Calcutta medical institutions reports 1879-81 [i.e.91]
Year: 1879
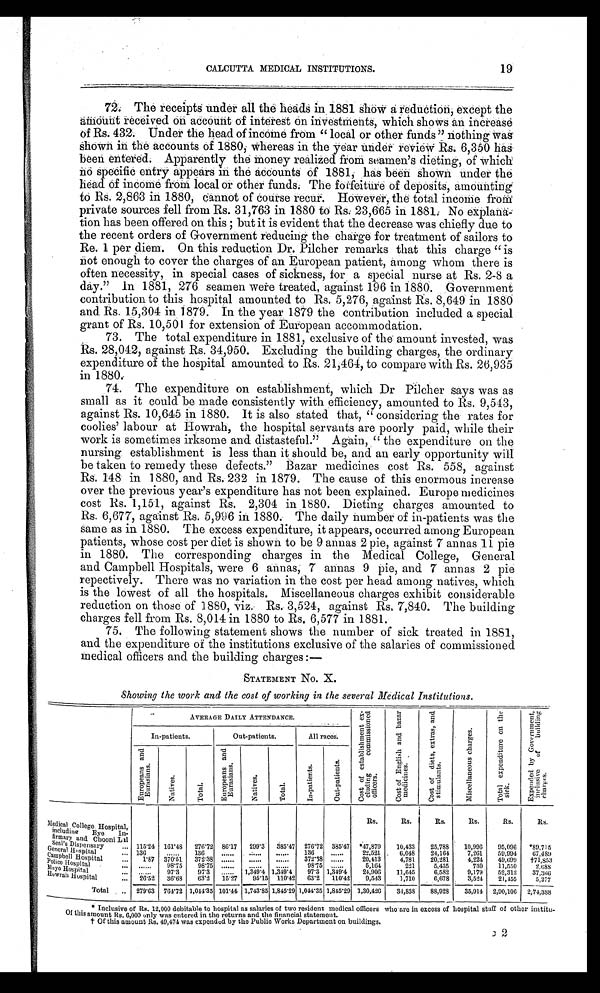
CALCUTTA MEDICAL INSTITUTIONS.
19
72. The receipts under all the heads in 1881 show a reduction, except the
amount received on account of interest on investments, which shows an increase
of Rs. 432. Under the head of incomes from "local or other funds" nothing was
shown in the accounts of 1880, whereas in the year under review 6,350 has
been. entered. Apparently the money realized from seamen's dieting, of which
no specific entry appears in the accounts of 1881, has been shown under the
head of income from local or other funds. The forfeiture of deposits, amounting
to Rs. 2,863 in 1880, cannot of course recur. However, the total income from
private sources fell from Rs. 31,763 in 1880 to Rs: 23,665 in 1881. No
explanation has been offered on this; but it is evident that the decrease was chiefly due to
the recent orders of Government reducing the charge for treatment of sailors to
Re. 1 per diem. On this reduction Dr. Pilcher remarks that this charge "is
not enough to cover the charges of an European patient, among whom there is
often necessity, in special cases of sickness, for a special nurse at Rs. 2-8 a
day." In 1881, 276 seamen were treated, against 196 in 1880. Government
contribution to this hospital amounted to Rs. 5,276, against Rs. 8,649 in 1880
and Rs. 15,304 in 1879. In the year 1879 the contribution included a special
grant of Rs. 10,501 for extension of European accommodation.
73.
The total expenditure in 1881, exclusive of the amount invested, was
Rs. 28,042, against Rs. 34,950. Excluding the building charges, the ordinary
expenditure of the hospital amounted to Rs. 21,464, to compare with Rs. 26,935
in 1880.
74.
The expenditure on establishment, which Dr Pilcher says was as
small as it could be made consistently with efficiency, amounted to Rs. 9,543,
against Rs. 10,645 in 1880. It is also stated that, "considering the rates for
coolies' labour at Howrah, the hospital servants are poorly paid, while their
work is sometimes irksome and distasteful." Again, "the expenditure on the
nursing establishment is less than it should be, and an early opportunity will
be taken to remedy these defects." Bazar medicines cost Rs. 558, against
Rs. 148 in 1880, and Rs. 232 in 1879. The cause of this enormous increase
over the previous year's expenditure has not been explained. Europe medicines
cost Rs. 1,151, against Rs. 2,304 in 1880. Dieting charges amounted to
Rs. 6,677, against Rs. 5,996 in 1880. The daily number of in-patients was the
same as in 1880. The excess expenditure, it appears, occurred among European
patients, whose cost per diet is shown to be 9 annas 2 pie, against 7 annas 11 pie
in 1880. The corresponding charges in the Medical College, General
and Campbell Hospitals, were 6 annas, 7 annas 9 pie, and 7 annas 2 pie
repectively. There was no variation in the cost per head among natives, which
is the lowest of all the hospitals. Miscellaneous charges exhibit considerable
reduction on those of 1880, viz. Rs. 3,524, against Rs, 7,840. The building
charges fell from Rs. 8,014 in 1880 to Rs. 6,577 in 1881.
75.
The following statement shows the number of sick treated in 1881,
and the expenditure of the institutions exclusive of the salaries of commissioned
Medical officers and the building charges :—
STATEMENT No. X.
Showing the work and the cost of working in the several Medical Institutions.
AVERAGE DAILY ATTENDANCE.
C o s t o f e s t a b l i s h m e n t e x c l u d i n g c o m m i s s i o n e d o f f i c e r s .
C o s t o f E n g l i s h a n d b a z a r m e d i c i n e s .
C o s t o f d i e t s , e x t r a s , a n d s t i m u l a n t s .
M i s c e l l a n e o u s c h a r g e s .
T o t a l e x p e n d i t u r e o n t h e s i c k .
E x p e n d e d b y G o v e r n m e n t , i n c l u s i v e o f b u i l d i n g c h a r g e s .
In-patients.
Out-patients.
All races.
E u r o p e a n s a n d E u r a s i a n s .
Na t i v e s .
Tot al .
E u r o p e a n s a n d E u r a s i a n s .
N a t i v e s .
Tot a l .
I n - p a t i e n t s .
O u t - p a t i e n t s .
Rs.
Rs,
Rs.
Rs.
Rs.
Rs.
Medical College Hospital,
including Eve In-
firmary and Chooni Lal
Seal's Dispensary
115.24 161.48 276.72 86.17 299.3 385.47 276.72 385.47 *47,879 10,433 25,788 10,996 95,096 *89,715
General hospital
136
. . . . . . 136
. . . . . .
. . . . . .
. . . . . . 136
. . . . . . 22,521
6,048 24,164 7,261 59,994 67,489
Campbell Hospital
1.87 370.51
3 7 2 . 3 8
. . . . . .
. . . . . .
. . . . . .
3 7 2 . 3 8
. . . . . . 20,413
4,781 20,281
4,224 49,699 †71,853
Police Hospital
. . . . . . 98.75
9 8 . 7 5
. . . . . .
. . . . . .
. . . . . . 98.75
. . . . . .
5,164
221
5,435
730 11,550
2,688
Mayo Hospital
. . . . . . 97.3
97.3
. . . . . . 1,349.4 1,349.4 97.3 1,349.4 24,906 11,645
6,582 9,179 52,312 37,366
Howrah hospital
2 6 . 5 2 36.68 63.2 15.27 95.15 110.42 63.2 110.42 9,543 1,710
6,678
3,524 21,455
277
2 1 , 4 5 5 5 , 2 7 7
Total
279.63 764.72 1,044.35 101.44 1,743.85 1,845.29 1,044.35 1,845.29 1,30,426 34,838 88,928 35,914 2,90,106
2 7 4 , 3 8 8
* Inclusive of Rs. 12,000 debitable to hospital as salaries of two resident medical officers who are in excess of hospital staff of other insti
tu- Of this amount Rs. 6,000 only was entered in the returns and the financial statement.
† Of this amount Rs. 49,474 was expended by the Public Works Department on buildings.
2